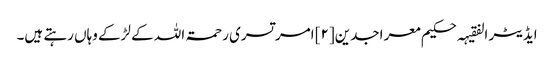
ایڈیٹر الفقیہہ حکیم معر اجدین[۲] امر تسری رحمۃ اللہ کے لڑکے وہاں رہتے ہیں۔